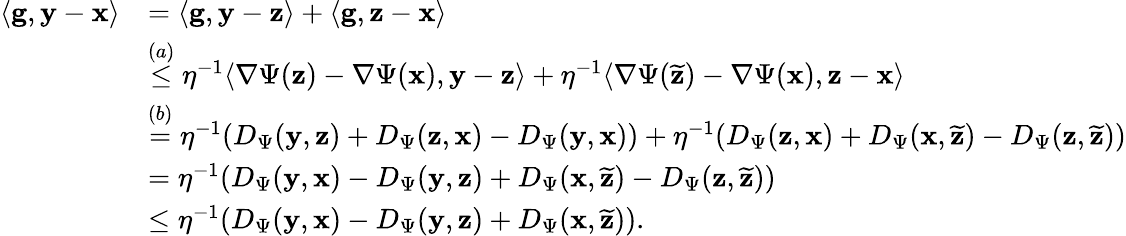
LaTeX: \begin{array}{rl}{\langle\mathbf g,\mathbf y-\mathbf x\rangle}&{=\langle\mathbf g,\mathbf y-\mathbf z\rangle+\langle\mathbf g,\mathbf z-\mathbf x\rangle}\\ &{\stackrel{(a)}\le\eta^{-1}\langle\nabla\Psi(\mathbf z)-\nabla\Psi(\mathbf x),\mathbf y-\mathbf z\rangle+\eta^{-1}\langle\nabla\Psi(\widetilde{\mathbf z})-\nabla\Psi(\mathbf x),\mathbf z-\mathbf x\rangle}\\ &{\stackrel{(b)}=\eta^{-1}(D_{\Psi}(\mathbf y,\mathbf z)+D_{\Psi}(\mathbf z,\mathbf x)-D_{\Psi}(\mathbf y,\mathbf x))+\eta^{-1}(D_{\Psi}(\mathbf z,\mathbf x)+D_{\Psi}(\mathbf x,\widetilde{\mathbf z})-D_{\Psi}(\mathbf z,\widetilde{\mathbf z}))}\\ &{=\eta^{-1}(D_{\Psi}(\mathbf y,\mathbf x)-D_{\Psi}(\mathbf y,\mathbf z)+D_{\Psi}(\mathbf x,\widetilde{\mathbf z})-D_{\Psi}(\mathbf z,\widetilde{\mathbf z}))}\\ &{\le\eta^{-1}(D_{\Psi}(\mathbf y,\mathbf x)-D_{\Psi}(\mathbf y,\mathbf z)+D_{\Psi}(\mathbf x,\widetilde{\mathbf z})).}\end{array}